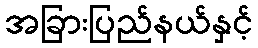
အခြားပြည်နယ်နှင့်